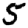
Digit: 5